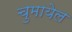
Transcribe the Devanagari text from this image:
चुमायेल